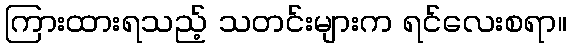
ကြားထားရသည့် သတင်းများက ရင်လေးစရာ။